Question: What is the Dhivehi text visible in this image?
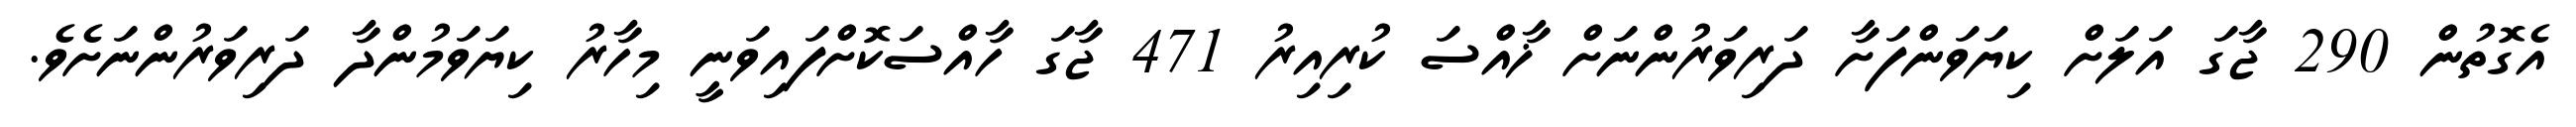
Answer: އެގޮތުން 290 ޖާގަ އަލަށް ކިޔަވަންފަށާ ދަރިވަރުންނަށް ޚާއްސަ ކުރިއިރު 471 ޖާގަ ހާއްސަކޮށްފައިވަނީ މިހާރު ކިޔަވަމުންދާ ދަރިވަރުންނަށެވެ.